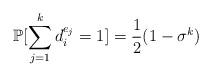
LaTeX: \begin{align*} \mathbb{P}[\sum_{j=1}^k d^{e_j}_{i} = 1] = \frac{1}{2}(1-\sigma^k) \end{align*}